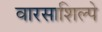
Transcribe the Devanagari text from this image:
वारसाशिल्पे